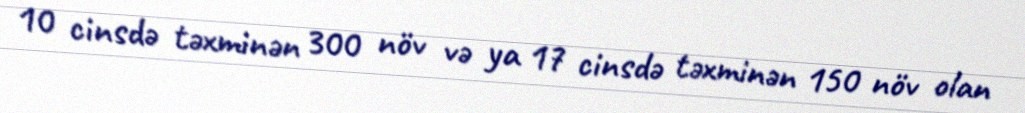
10 cinsdə təxminən 300 növ və ya 17 cinsdə təxminən 150 növ olan